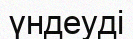
үндеуді